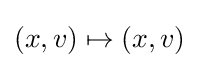
(x,v)\mapsto (x,v)